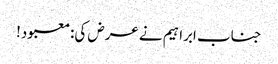
جناب ابراہیم نے عرض کی:معبود!